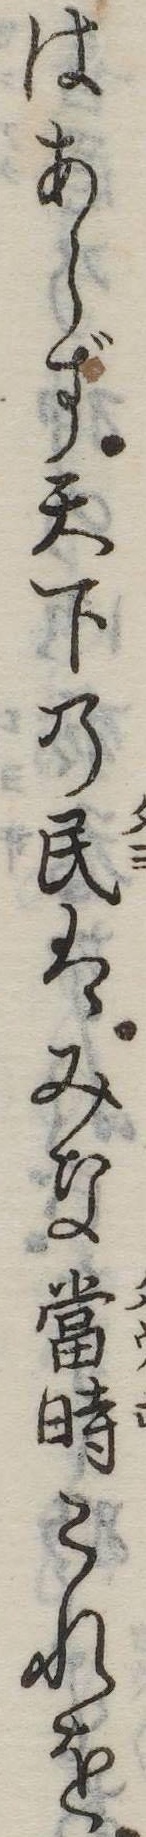
はあらず天下の民はみな当時これを